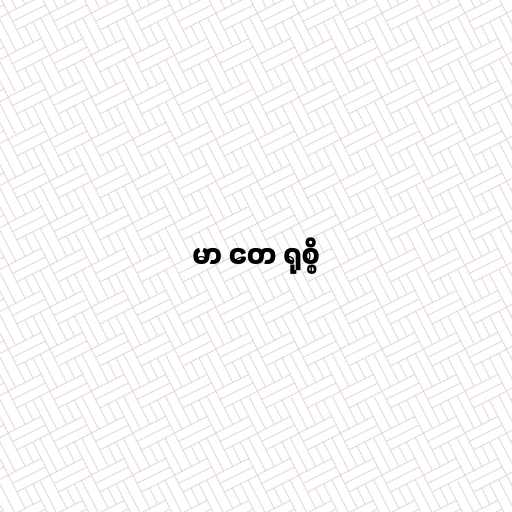
မာ တေ ရုစ္စိ